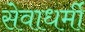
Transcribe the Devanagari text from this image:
सेवाधर्मी